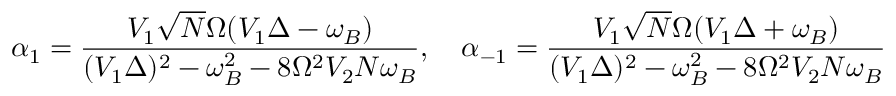
\alpha _ { 1 } = \frac { V _ { 1 } \sqrt { N } \Omega ( V _ { 1 } \Delta - \omega _ { B } ) } { ( V _ { 1 } \Delta ) ^ { 2 } - \omega _ { B } ^ { 2 } - 8 \Omega ^ { 2 } V _ { 2 } N \omega _ { B } } , \quad \alpha _ { - 1 } = \frac { V _ { 1 } \sqrt { N } \Omega ( V _ { 1 } \Delta + \omega _ { B } ) } { ( V _ { 1 } \Delta ) ^ { 2 } - \omega _ { B } ^ { 2 } - 8 \Omega ^ { 2 } V _ { 2 } N \omega _ { B } }